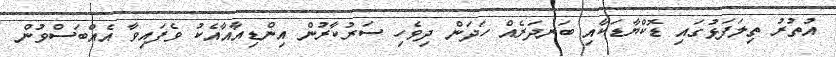
އުތުރު ތިލަފަޅުގައި ޑޮކްޔާޑަކާއި ބަނދަރެއް ހަދަން ދިވެހި ސަރުކާރުން އިންޑިއާއާއެކު ވެފައިވާ އެއްބަސްވުން